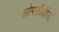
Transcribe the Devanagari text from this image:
झोपडीतील